Report on vaccination in Madras 1904-1921 - 1904-1921
Year: 1904
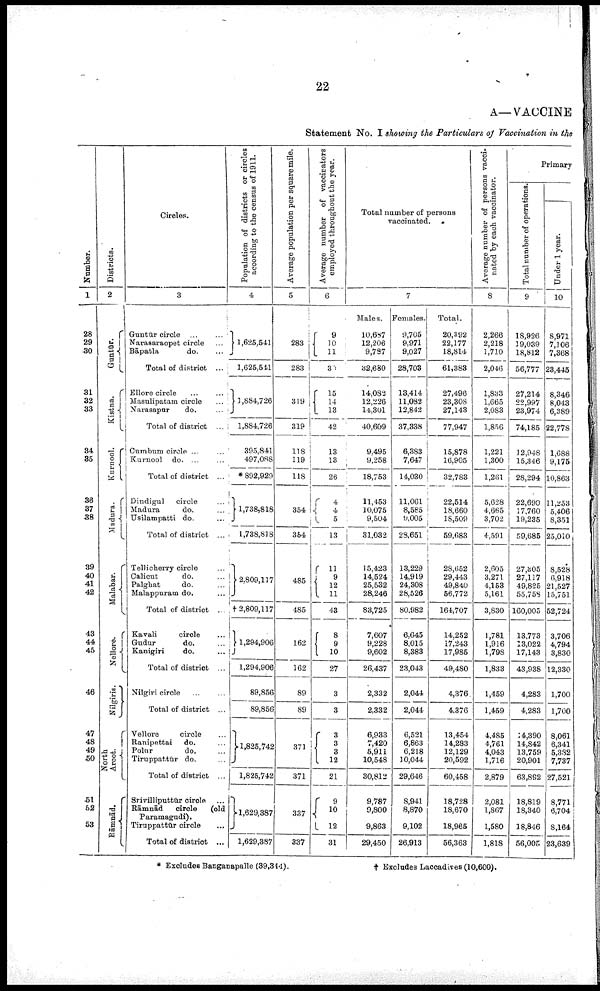
22
A—VACCINE
Statement No. I showing the Particulars of Vaccination in the
Number.
1
28
29
30
31
32
33
34
35
36
37
38
39
40
41
42
43
44
45
46
47
48
49
50
51
52
53
Districts.
2
Guntūr.
Kistna.
Kurnool.
Madura.
Malabar.
Nellore.
Nilgiris.
North
Arcot.
Rāmnād.
Circles.
3
Guntūr circle
...
...
Narasaraopet circle ...
Bāpatla
do. ...
Total of district
...
Ellore circle
...
...
Masulipatam circle
...
Narasapur
do.
...
Total of district
...
Cumbum circle ... ...
Kurnool do. ... ...
Total of district ...
Dindigul
circle ...
Madura
do. ...
Usilampatti do. ...
Total of district ...
Tellicherry circle ...
Calicut
do. ...
Palghat
do. ...
Malappuram do. ...
Total of district ...
Kavali
circle ...
Gudur
do. ...
Kanigiri
do. ...
Total of district ...
Nilgiri circle ... ...
Total of district ...
Vellore
circle ...
Ranipettai
do. ...
Polur
do. ...
Tiruppattūr do. ...
Total of district ...
Srivilliputtūr circle ...
Rāmnād
circle (old
Paramagudi).
Tiruppattūr circle ... ...
Total of district ...
Population of districts or circles
according to the census of 1911.
4
1,625,541
1,625,541
1,884,726
1,884,726
395,841
497,088
* 892,929
1,738,818
1,738,818
2,809,117
† 2,809,117
1,294,906
1,294,906
89,856
89,856
1,825,742
1,825,742
1,629,387
1,629,387
Average population per square mile.
5
283
283
319
319
118
119
118
354
354
485
485
162
162
89
89
371
371
337
337
Average number of vaccinators
employed throughout the year.
6
9
10
11
30
15
14
13
42
13
13
26
4
4
5
13
11
9
12
11
43
8
9
10
27
3
3
3
3
3
12
21
9
10
12
31
Total number of persons
vaccinated.
7
Males.
10,687
12,206
9,787
32,680
14,082
12,226
14,301
40,609
9,495
9,258
18,753
11,453
10,075
9,504
31,032
15,423
14,524
25,532
28,246
83,725
7,607
9,228
9,602
26,437
2,332
2,332
6,933
7,420
5,911
10,548
30,812
9,787
9,800
9,863
29,450
Females.
9,705
9,971
9,027
28,703
13,414
11,082
12,842
37,338
6,383
7,647
14,030
11,061
8,585
9,005
28,651
13,229
14,919
24,308
28,526
80,982
6,645
8,015
8,383
23,043
2,044
2,044
6,521
6,863
6,218
10,044
29,646
8,941
8,870
9,102
26,913
Total.
20,392
22,177
18,814
61,383
27,496
23,308
27,143
77,947
15,878
16,905
32,783
22,514
18,660
18,509
59,683
28,652
29,443
49,840
56,772
164,707
14,252
17,243
17,985
49,480
4,376
4,376
13,454
14,283
12,129
20,592
60,458
18,728
18,670
18,965
56,363
Average number of persons vacci
nated by each vaccinator.
8
2,266
2,218
1,710
2,046
1,833
1,665
2,083
1,856
1,221
1,300
1,261
5,628
4,665
3,702
4,591
2,605
3,271
4,153
5,161
3,830
1,781
1,916
1,798
1,833
1,459
1,459
4,485
4,761
4,043
1,716
2,879
2,081
1,867
1,580
1,818
Primary
Total number of operations.
9
18,926
19,039
18,812
56,777
27,214
22,997
23,974
74,185
12,948
15,346
28,294
22,690
17,760
19,235
59,685
27,305
27,117
49,825
55,758
160,005
13,773
13,022
17,143
43,938
4,283
4,283
14,390
14,842
13,759
20,901
63,892
18,819
18,340
18,846
56,005
Under 1 year.
10
8,971
7,106
7,368
23,445
8,346
8,043
6,389
22,778
1,688
9,175
10,863
11,253
5,406
8,351
25,010
8,528
6,918
21,527
15,751
52,724
3,706
4,794
3,830
12,330
1,700
1,700
8,061
6,341
5,382
7,737
27,521
8,771
6,704
8,164
23,639
* Excludes Banganapalle (39,344).
† Excludes Laccadives (10,600).